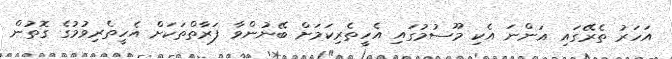
އަހަރު ތެރޭގައި އަންނަ އެކި މޫސުމުގައި އެހީތެރިކަމަށް ބޭނުންވާ ފަރާތްތަކަށް އެހީތެރިވުމުގެ ގޮތުން